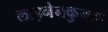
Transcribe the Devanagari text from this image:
लाइनेनकुगल